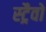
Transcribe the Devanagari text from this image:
स्ट्रैवो